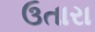
ઉતારા